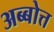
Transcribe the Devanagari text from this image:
अब्बोत्त